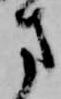
方